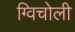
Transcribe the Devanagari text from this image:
ग्विचोली